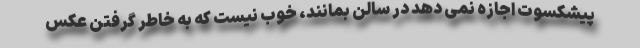
پیشکسوت اجازه نمی دهد در سالن بمانند، خوب نیست که به خاطر گرفتن عکس